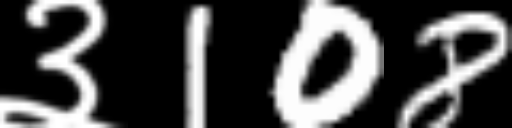
Text: ३108